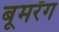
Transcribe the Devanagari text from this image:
बूमरँग